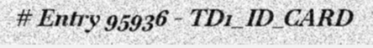
# Entry 95936 - TD1_ID_CARD